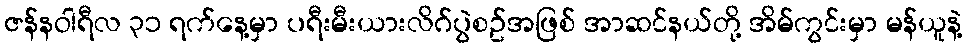
ဇန်နဝါရီလ ၃၁ ရက်နေ့မှာ ပရီးမီးယားလိဂ်ပွဲစဥ်အဖြစ် အာဆင်နယ်တို့ အိမ်ကွင်းမှာ မန်ယူနဲ့